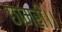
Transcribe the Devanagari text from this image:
छामरी।।